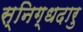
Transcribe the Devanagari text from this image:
स्निग्धदारु